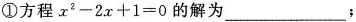
①方程$$x ^ { 2 } - 2 x + 1 = 0$$的解为___；